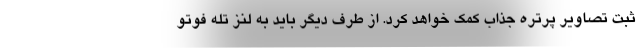
ثبت تصاویر پرتره جذاب کمک خواهد کرد. از طرف دیگر باید به لنز تله فوتو